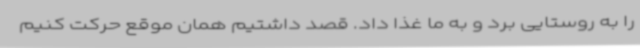
را به روستایی برد و به ما غذا داد. قصد داشتیم همان موقع حرکت کنیم